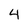
Character: 4